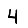
Digit: 4